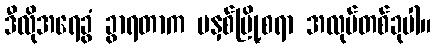
ဒီလိုအရေခွံ ခွာရတာက မနှစ်မြို့စရာ အလုပ်တစ်ခုပါ။